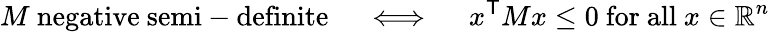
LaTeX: M{\mathrm{~negative~semi-definite}}\quad\iff\quad x^{\textsf{T}}Mx\leq 0{\mathrm{~for~all~}}x\in\mathbb{R}^{n}